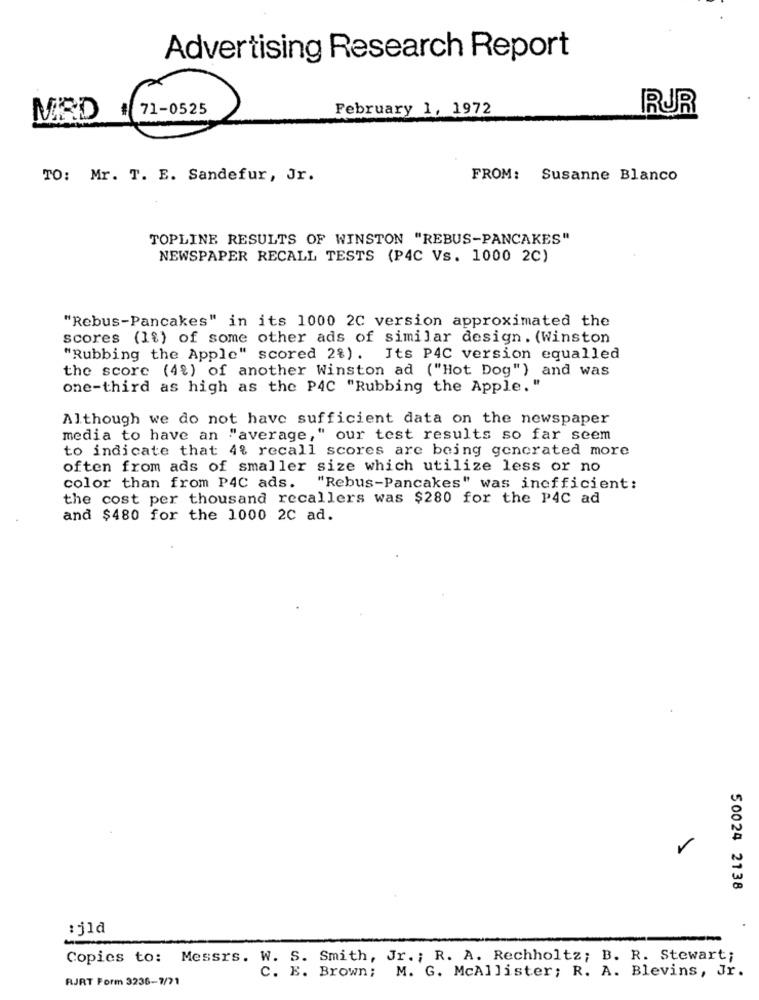
Advertising Research Report
# 71-0525
February 1, 1972
RUR
MRD
TO: Mr. T. E. Sandefur, Jr.
FROM: Susanne Blanco
TOPLINE RESULTS OF WINSTON "REBUS-PANCAKES"
NEWSPAPER RECALL TESTS (P4C Vs. 1000 2C)
"Rebus-Pancakes" in its 1000 2C version approximated the
scores (1%) of some other ads of similar design . (Winston
"Rubbing the Apple" scored 2%). Its PAC version equalled
the score (4%) of another Winston ad ("Hot Dog") and was
one-third as high as the P4C "Rubbing the Apple."
Although we do not have sufficient data on the newspaper
media to have an "average," our test results so far seem
to indicate that 4% recall scores are being generated more
often from ads of smaller size which utilize less or no
color than from P4C ads. "Rebus-Pancakes" was inefficient:
the cost per thousand recallers was $280 for the P4C ad
and $480 for the 1000 2C ad.
50024 2138
:jla
Copies to: Messrs. W. S. Smith, Jr. ; R. A. Rechholtz; B. R. Stewart;
C. E. Brown; M. G. McAllister; R. A. Blevins, Jr.
RJRT Form 3236-7/71